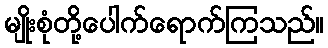
မျိုးစုံတို့ပေါက်ရောက်ကြသည်။